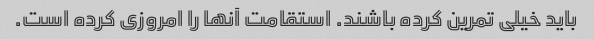
باید خیلی تمرین کرده باشند. استقامت آنها را امروزی کرده است.